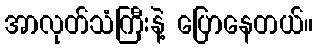
အာလုတ်သံကြီးနဲ့ ပြောနေတယ်။